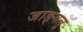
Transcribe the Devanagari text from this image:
जाङ्गलु